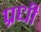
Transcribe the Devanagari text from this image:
प्रधी